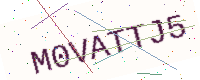
Text: M0VATTJ5